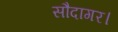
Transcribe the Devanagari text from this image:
सौदागर।